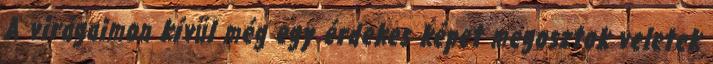
A virágaimon kívül még egy érdekes képet megosztok veletek